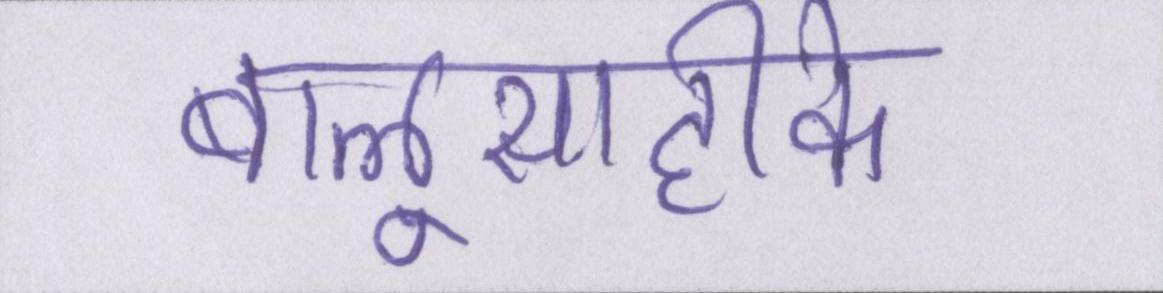
बालूसाहीके